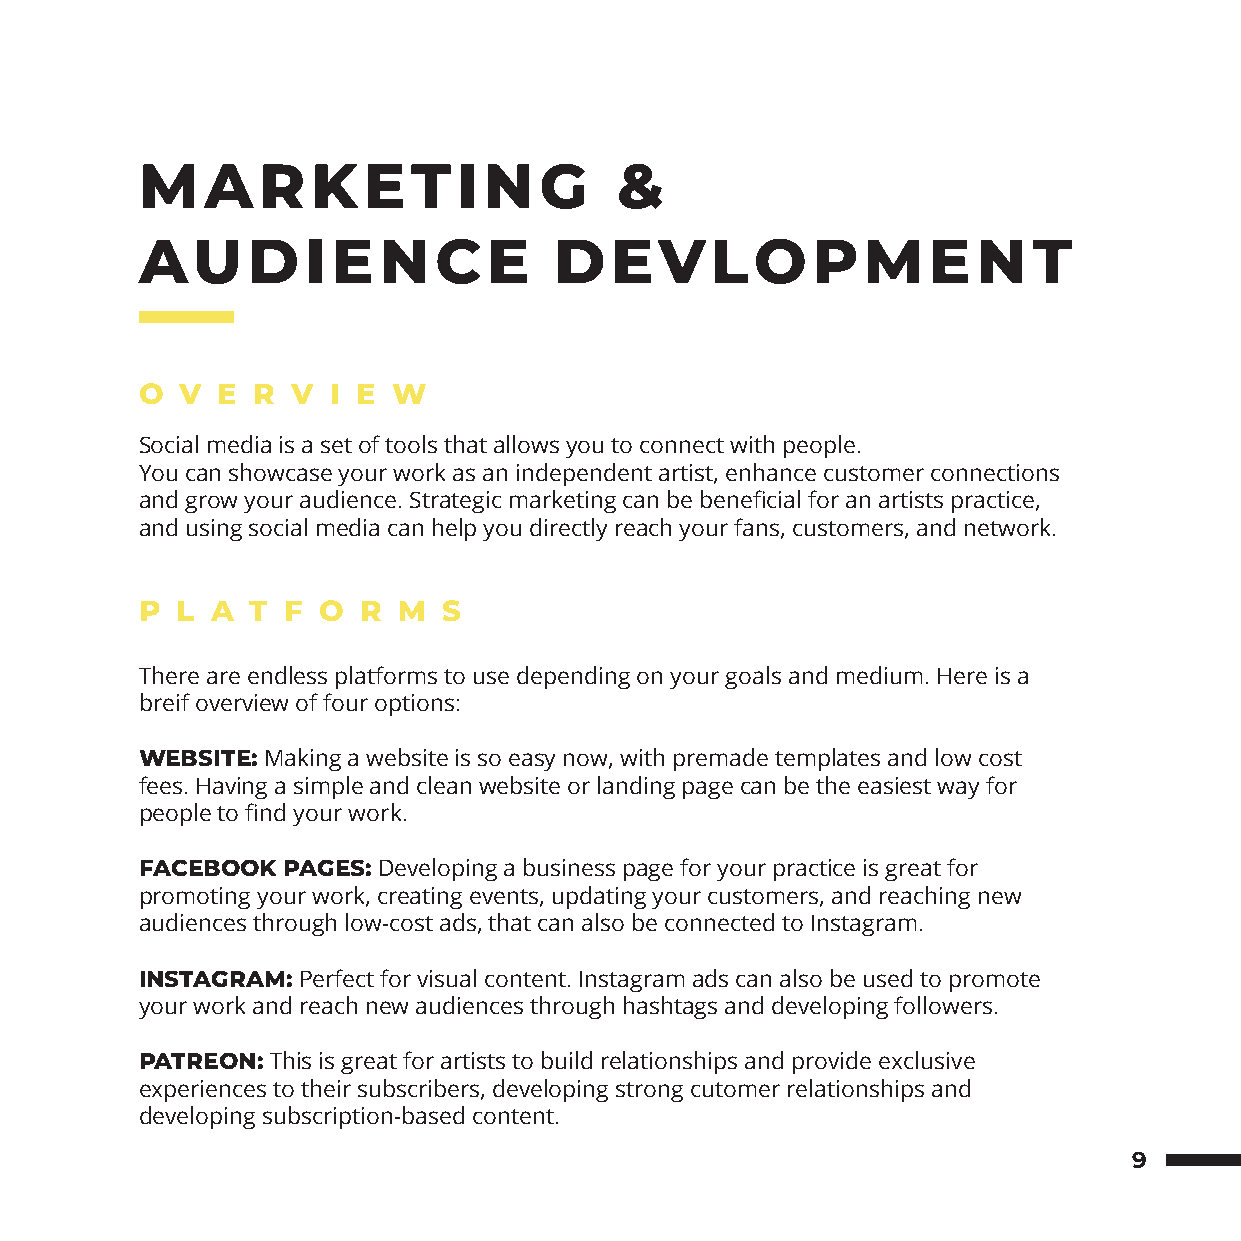
MARKETING                       &
 AUDIENCE                    DEVLOPMENT
 O  V E  R V  I E W
 Social media is a set of tools that allows you to connect with people.
 You can showcase your work as an independent artist, enhance customer connections
 and grow your audience. Strategic marketing can be beneficial for an artists practice,
 and using social media can help you directly reach your fans, customers, and network.
 P  L A T  F O  R M  S
 There are endless platforms to use depending on your goals and medium. Here is a
 breif overview of four options:
 WEBSITE: Making a website is so easy now, with premade templates and low cost
 fees. Having a simple and clean website or landing page can be the easiest way for
 people to find your work.
 FACEBOOK  PAGES: Developing a business page for your practice is great for
 promoting your work, creating events, updating your customers, and reaching new
 audiences through low-cost ads, that can also be connected to Instagram.
 INSTAGRAM: Perfect for visual content. Instagram ads can also be used to promote
 your work and reach new audiences through hashtags and developing followers.
 PATREON: This is great for artists to build relationships and provide exclusive
 experiences to their subscribers, developing strong cutomer relationships and
 developing subscription-based content.
 9